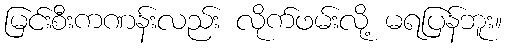
မြင်းစီးကဏန်းလည်း လိုက်ဖမ်းလို့ မရပြန်ဘူး။